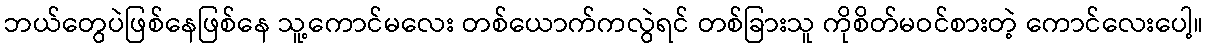
ဘယ်တွေပဲဖြစ်နေဖြစ်နေ သူ့ကောင်မလေး တစ်ယောက်ကလွဲရင် တစ်ခြားသူ ကိုစိတ်မဝင်စားတဲ့ ကောင်လေးပေါ့။